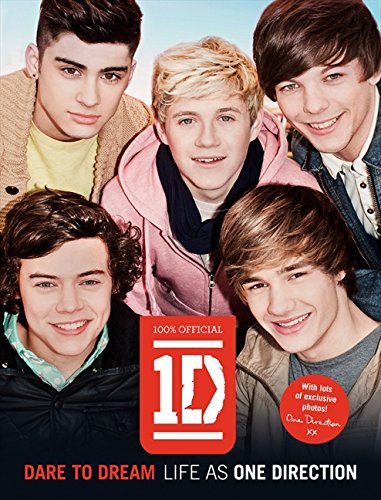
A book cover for One Direction: Dare to Dream: Life as One Direction; One Direction; Children's Books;